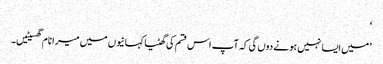
‘
’میں ایسا نہیں ہونے دوں گی کہ آپ اس قسم کی گھٹیا کہانیوں میں میرا نام گھسیٹیں۔